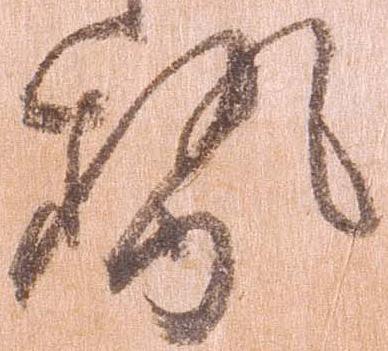
勢